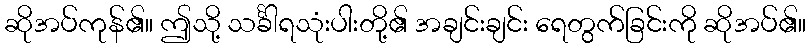
ဆိုအပ်ကုန်၏။ ဤသို့ သင်္ခါရသုံးပါးတို့၏ အချင်းချင်း ရေတွက်ခြင်းကို ဆိုအပ်၏။